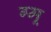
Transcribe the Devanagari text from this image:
ग्‍मू